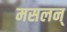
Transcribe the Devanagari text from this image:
मसलन्